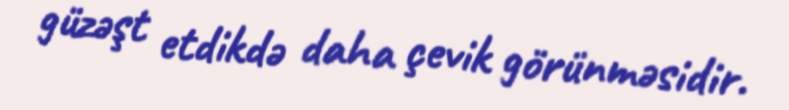
güzəşt etdikdə daha çevik görünməsidir.